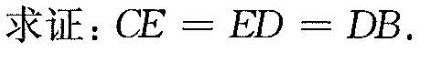
求证：$$C E = E D = D B$$。